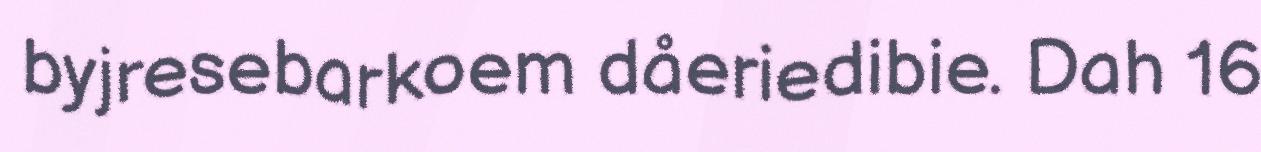
byjresebarkoem dåeriedibie. Dah 16